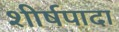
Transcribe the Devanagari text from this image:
शीर्षपादा